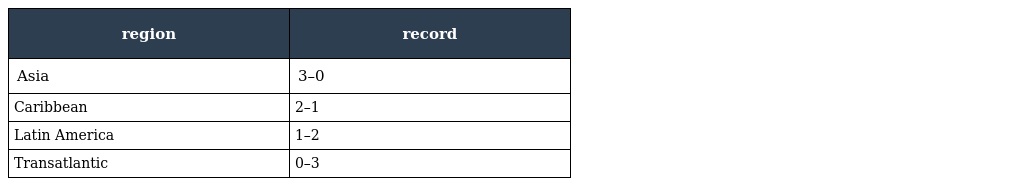
| region | record |
 | --- | --- |
 | Asia | 3–0 |
 | Caribbean | 2–1 |
 | Latin America | 1–2 |
 | Transatlantic | 0–3 |